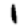
Digit: 1